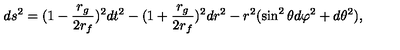
d s ^ { 2 } = ( 1 - \frac { r _ { g } } { 2 r _ { f } } ) ^ { 2 } d t ^ { 2 } - ( 1 + \frac { r _ { g } } { 2 r _ { f } } ) ^ { 2 } d r ^ { 2 } - r ^ { 2 } ( \sin ^ { 2 } \theta d \varphi ^ { 2 } + d \theta ^ { 2 } ) ,